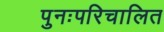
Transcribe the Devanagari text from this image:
पुनःपरिचालित